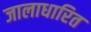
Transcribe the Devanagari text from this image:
जालाधारित